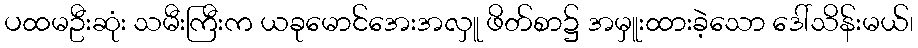
ပထမဦးဆုံး သမီးကြီးက ယခုမောင်အေးအလှူ ဖိတ်စာ၌ အမှူးထားခဲ့သော ဒေါ်သိန်းမယ်၊